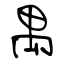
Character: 禺